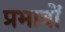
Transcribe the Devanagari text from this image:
प्रभावोें